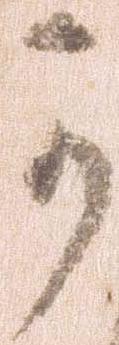
可